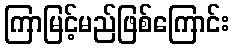
ကြာမြင့်မည်ဖြစ်ကြောင်း